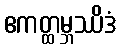
ဧကတ္ထမ္ဘဿိဒံ